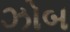
ઝોબ